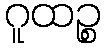
ဂူထဉ္စ